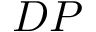
D P